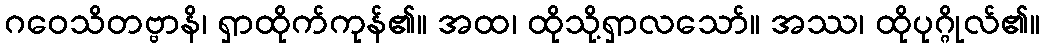
ဂဝေသိတဗ္ဗာနိ၊ ရှာထိုက်ကုန်၏။ အထ၊ ထိုသို့ရှာလသော်။ အဿ၊ ထိုပုဂ္ဂိုလ်၏။